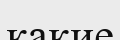
какие